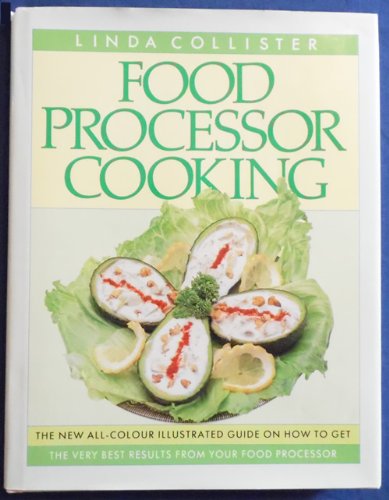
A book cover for Food Processor Cooking; Linda Collister; Cookbooks, Food & Wine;